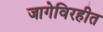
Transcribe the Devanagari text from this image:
जागेविरहीत